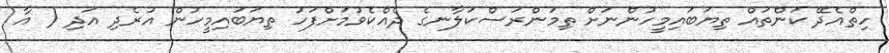
ހިތްއެދޭ ކަންތައް ތިޔަބައިމީހުންނަށް ތިމަންރަސްކަލާނގެ ދެއްކެވުމަށްފަހު ތިޔަބައިމީހުން އުރެދި އަދި ( އާ